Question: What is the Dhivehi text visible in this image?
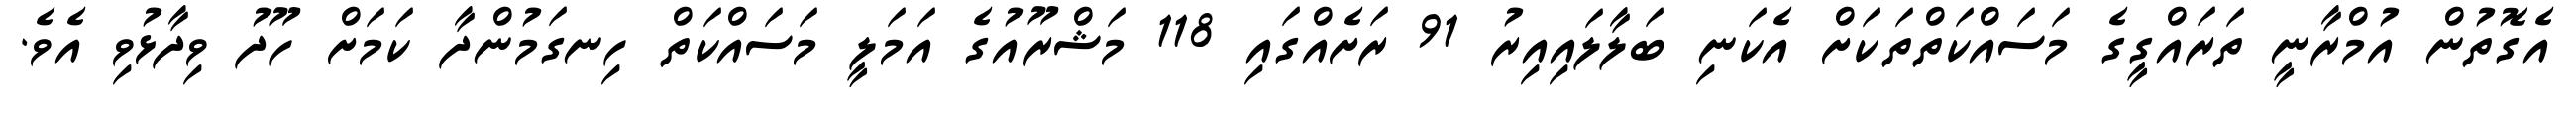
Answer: އެގޮތުން އުމްރާނީ ތަރައްގީގެ މަސައްކަތްތަކަށް އެކަނި ބަލާލައިއިރު 91 ރަށެއްގައި 118 މަޝްރޫއުގެ އަމަލީ މަސައްކަތް ހިނގަމުންދާ ކަމަށް ހޫދު ވިދާޅުވި އެވެ.